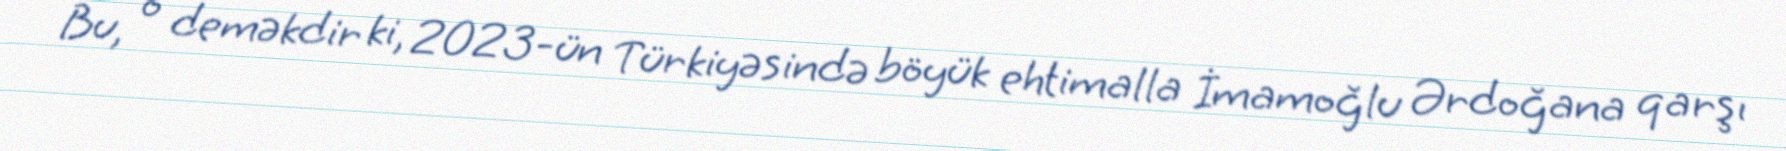
Bu, o deməkdir ki, 2023-ün Türkiyəsində böyük ehtimalla İmamoğlu Ərdoğana qarşı